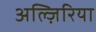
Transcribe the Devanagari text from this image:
अल्ज़िरिया